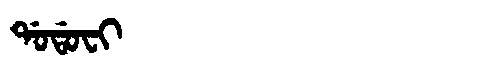
Manchu: ᡩᠣᡩᠣᠸᡳ
Romanization: DODOFI